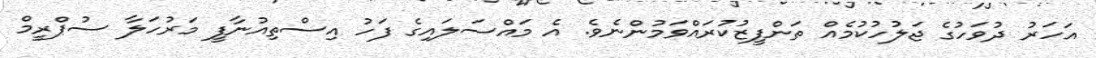
އަހަރު ދުވަހުގެ ޖަލުހުކުމެއް ތަންފީޒުކުރައްވަމުންނެވެ. އެ މައްސަލައިގެ ފަހު އިސްތިއުނާފީ މަރުހަލާ ސުޕްރީމް